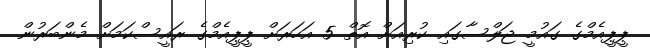
ޕީޕީއެމްގެ ގައުމީ ޖަލްސާގައި ކުރިއަށް އޮތް 5 އަހަރަށް ޕީޕީއެމްގެ ރައީސްކަމަށް މެންބަރުން